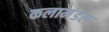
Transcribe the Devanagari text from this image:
कलामंडल